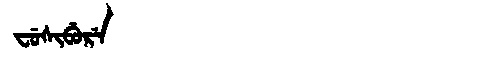
Manchu: ᠸᡠᠰᡳᠪᡠᡵᡝ
Romanization: FUSIBURE